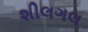
શીલગલ